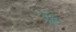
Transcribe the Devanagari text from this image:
प्रूष्ठ